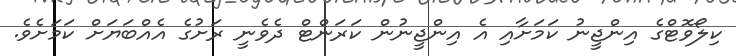
ކިލޯވޮޓްގެ އިންޖީނު ކަމަށާއި އެ އިންޖީނުން ކަރަންޓް ދެވެނީ ރަށުގެ އެއްބަޔަށް ކަމަށެވެ.